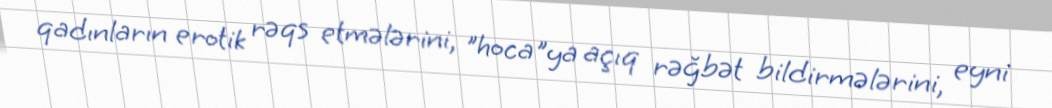
qadınların erotik rəqs etmələrini, "hoca"ya açıq rəğbət bildirmələrini, eyni